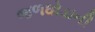
જળઘોડાની